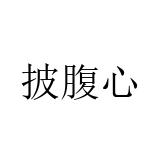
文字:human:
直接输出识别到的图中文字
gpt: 披腹心